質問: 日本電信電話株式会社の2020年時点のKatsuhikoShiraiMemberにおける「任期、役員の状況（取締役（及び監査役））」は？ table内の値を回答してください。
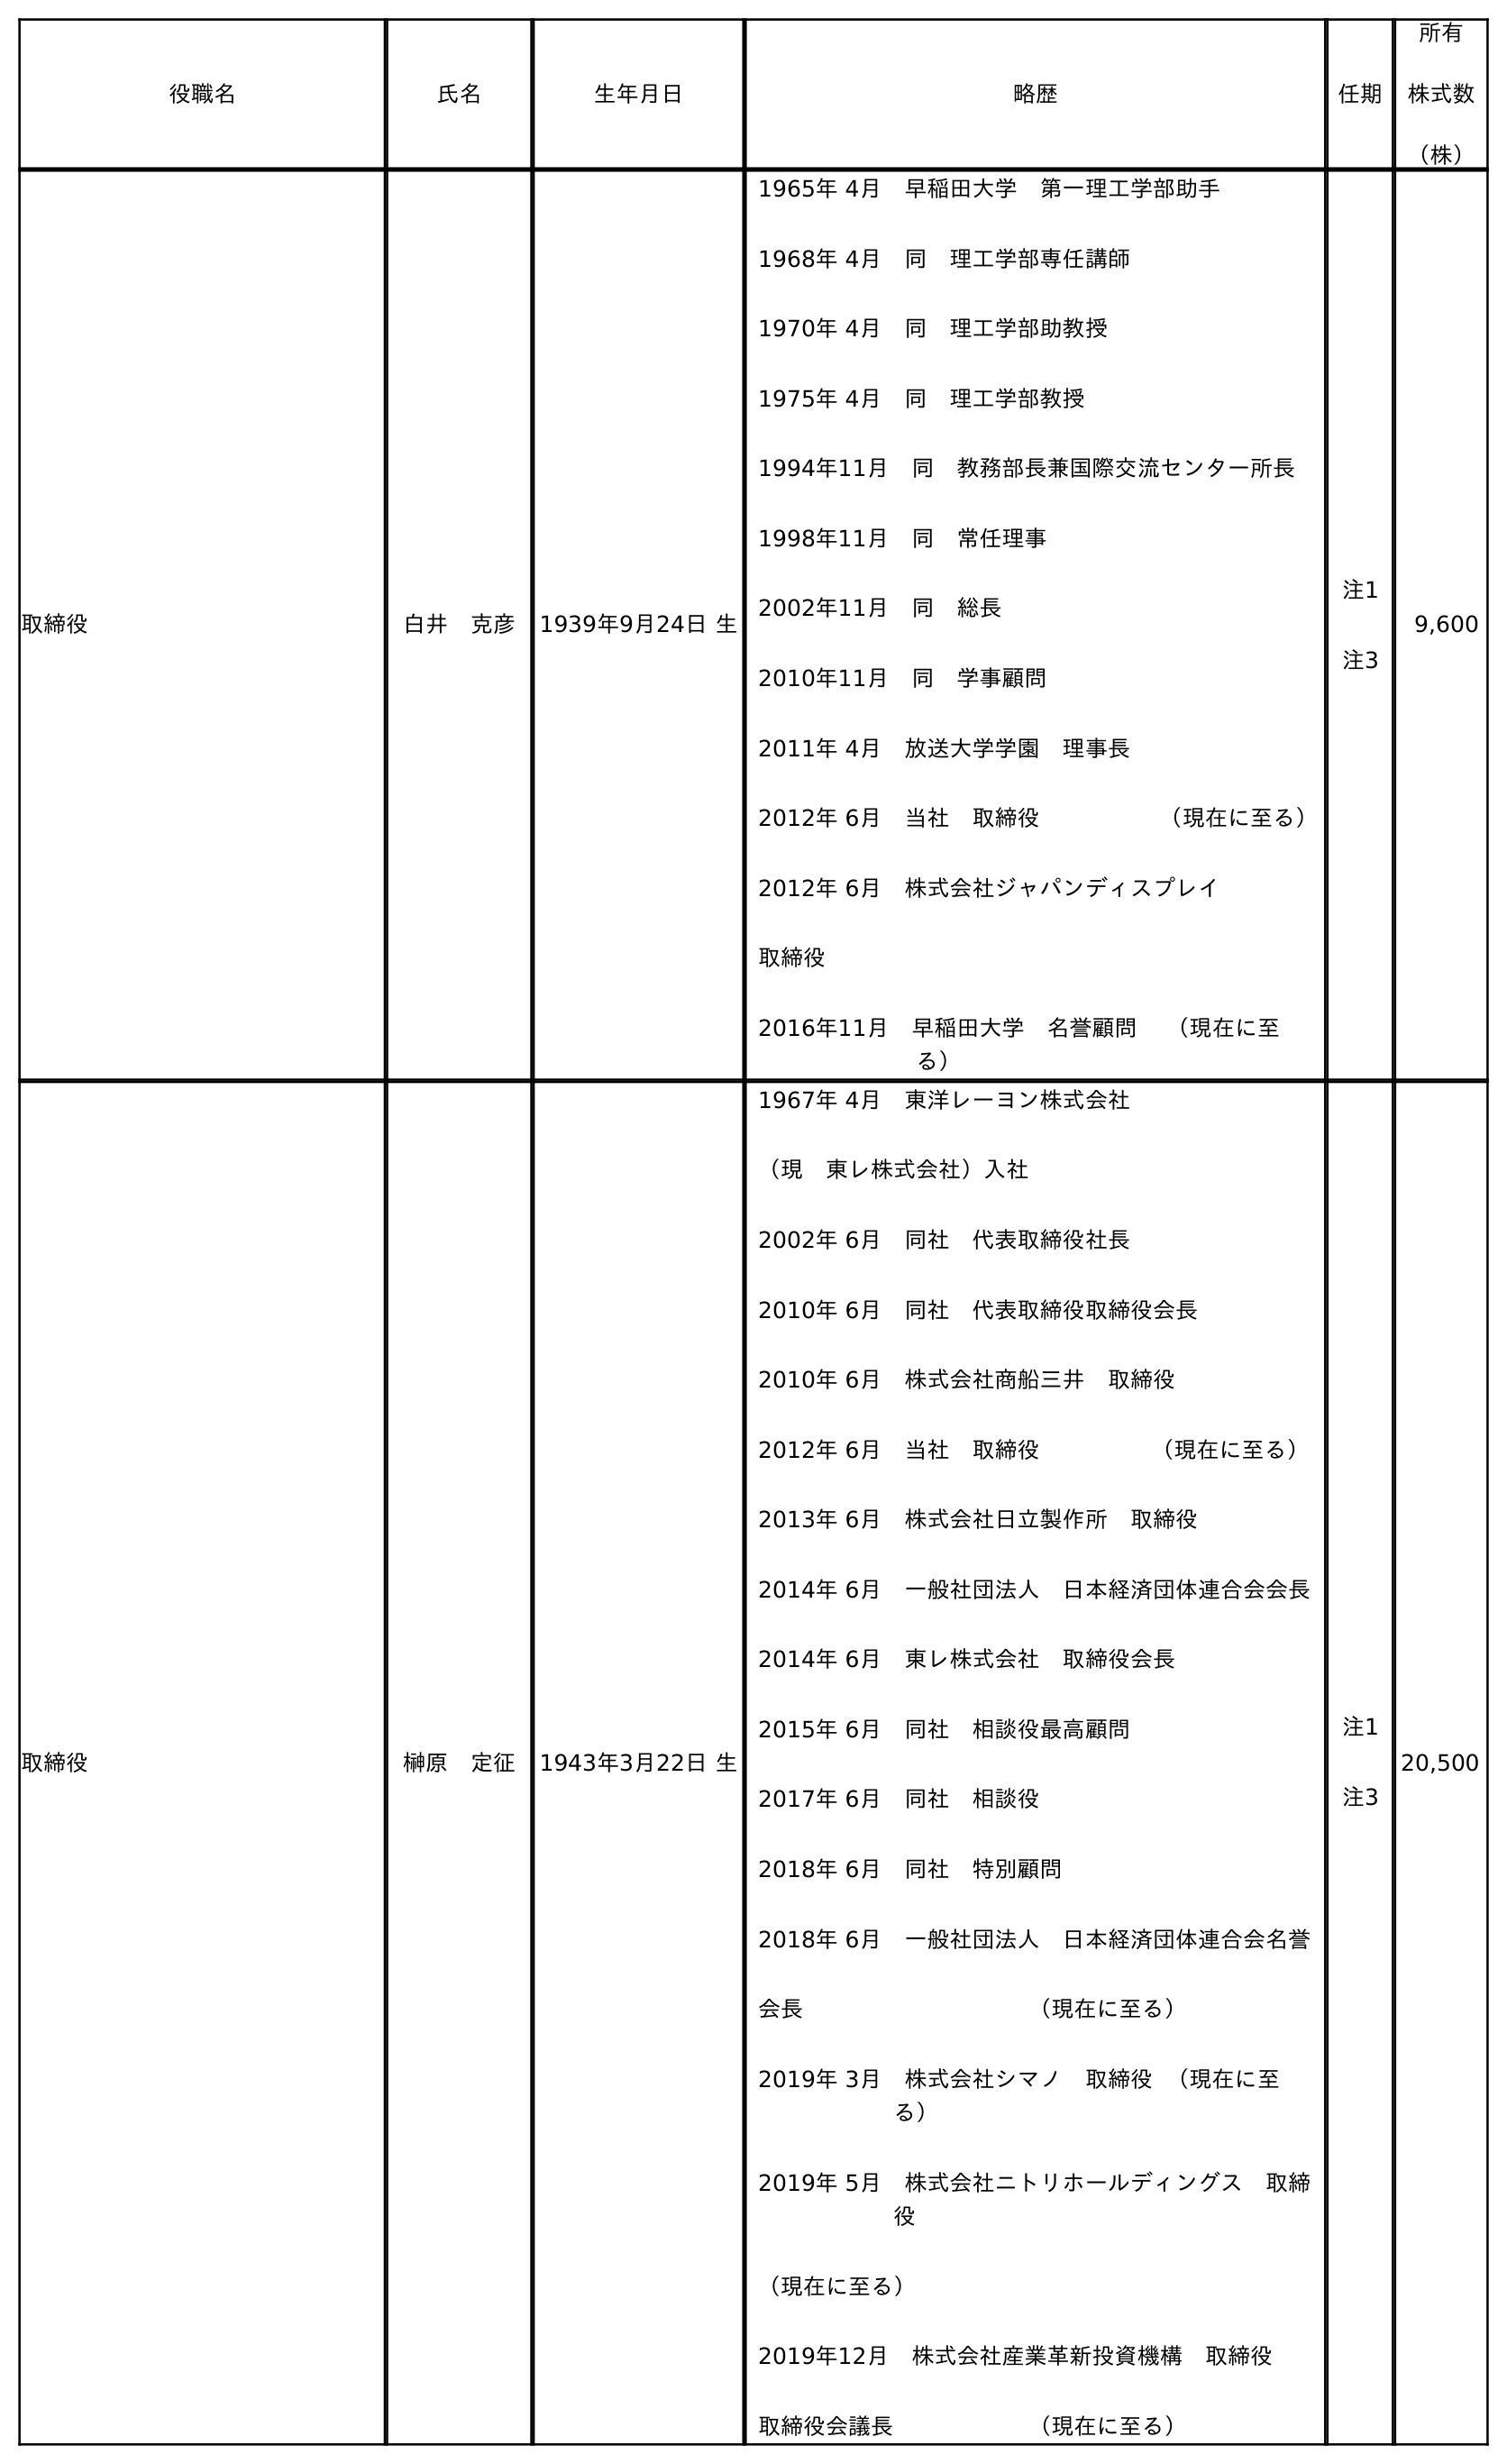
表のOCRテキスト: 役職名 氏名 生年月日 略歴 任期 所有 株式数 （株） 取締役 白井 克彦 1939年9月24日 生 1965年 4月 早稲田大学 第一理工学部助手 1968年 4月 同 理工学部専任講師 1970年 4月 同 理工学部助教授 1975年 4月 同 理工学部教授 1994年11月 同 教務部長兼国際交流センター所長 1998年11月 同 常任理事 2002年11月 同 総長 2010年11月 同 学事顧問 2011年 4月 放送大学学園 理事長 2012年 6月 当社 取締役      （現在に至る） 2012年 6月 株式会社ジャパンディスプレイ 取締役 2016年11月 早稲田大学 名誉顧問  （現在に至 る） 注1 注3 9,600 取締役 榊原 定征 1943年3月22日 生 1967年 4月 東洋レーヨン株式会社 （現 東レ株式会社）入社 2002年 6月 同社 代表取締役社長 2010年 6月 同社 代表取締役取締役会長 2010年 6月 株式会社商船三井 取締役 2012年 6月 当社 取締役     （現在に至る） 2013年 6月 株式会社日立製作所 取締役 2014年 6月 一般社団法人 日本経済団体連合会会長 2014年 6月 東レ株式会社 取締役会長 2015年 6月 同社 相談役最高顧問 2017年 6月 同社 相談役 2018年 6月 同社 特別顧問 2018年 6月 一般社団法人 日本経済団体連合会名誉 会長          （現在に至る） 2019年 3月 株式会社シマノ 取締役 （現在に至 る） 2019年 5月 株式会社ニトリホールディングス 取締 役 （現在に至る） 2019年12月 株式会社産業革新投資機構 取締役 取締役会議長      （現在に至る） 注1 注3 20,500
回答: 注1注3